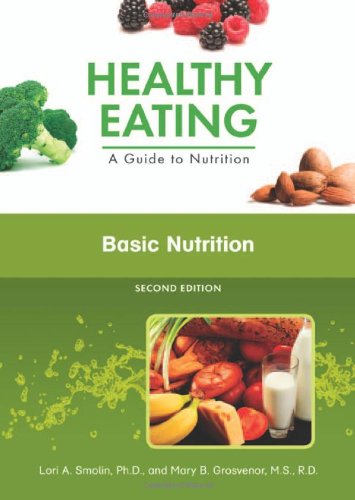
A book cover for Basic Nutrition (Healthy Eating: a Guide to Nutrition); Lori A. Smolin; Teen & Young Adult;